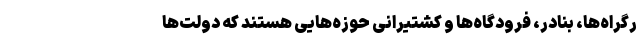
رگراه‌ها، بنادر، فرودگاه‌ها و کشتیرانی حوزه‌هایی هستند که دولت‌ها